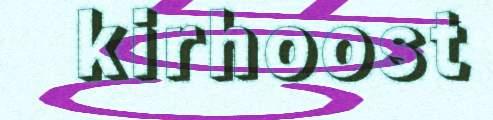
kirhoost